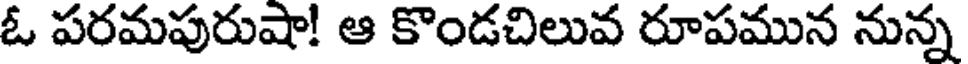
ఓ పరమపురుషా! ఆ కొండచిలువ రూపమున నున్న